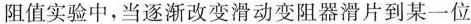
3.(2019·苏州期末)小明在用伏安法测量定值电阻的